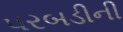
પરબડીની